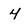
Character: 4